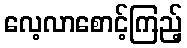
လေ့လာစောင့်ကြည့်